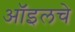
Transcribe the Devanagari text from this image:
ऑइलचे